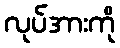
လုပ်အားကို